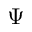
\Psi